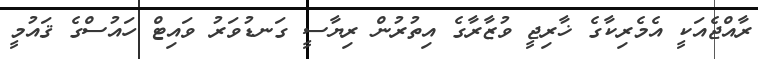
ރާއްޖެއަކީ އެމެރިކާގެ ޚާރިޖީ ވުޒާރާގެ އިތުރުން ރިޔާސީ ގަނޑުވަރު ވައިޓް ހައުސްގެ ޤައުމީ